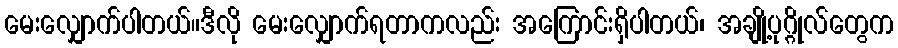
မေးလျှောက်ပါတယ်။ဒီလို မေးလျှောက်ရတာကလည်း အကြောင်းရှိပါတယ်၊ အချို့ပုဂ္ဂိုလ်တွေက